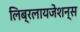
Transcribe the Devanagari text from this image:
लिब्रलायजेशन्स